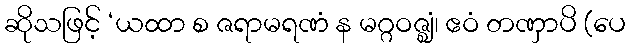
ဆိုသဖြင့် ‘ယထာ စ ဇရာမရဏံ န မဂ္ဂဝဇ္ဈံ၊ ဧဝံ တဏှာပိ (ပေ